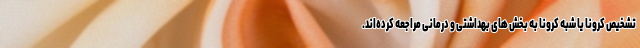
تشخیص کرونا یا شبه کرونا به بخش های بهداشتی و درمانی مراجعه کرده‌اند.